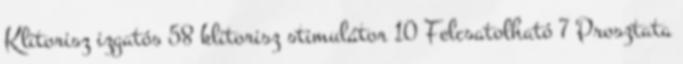
Klitorisz izgatós 58 klitorisz stimulátor 10 Felcsatolható 7 Prosztata